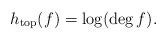
LaTeX: \begin{align*} h_{\operatorname{top}} (f)=\log(\deg f).\end{align*}